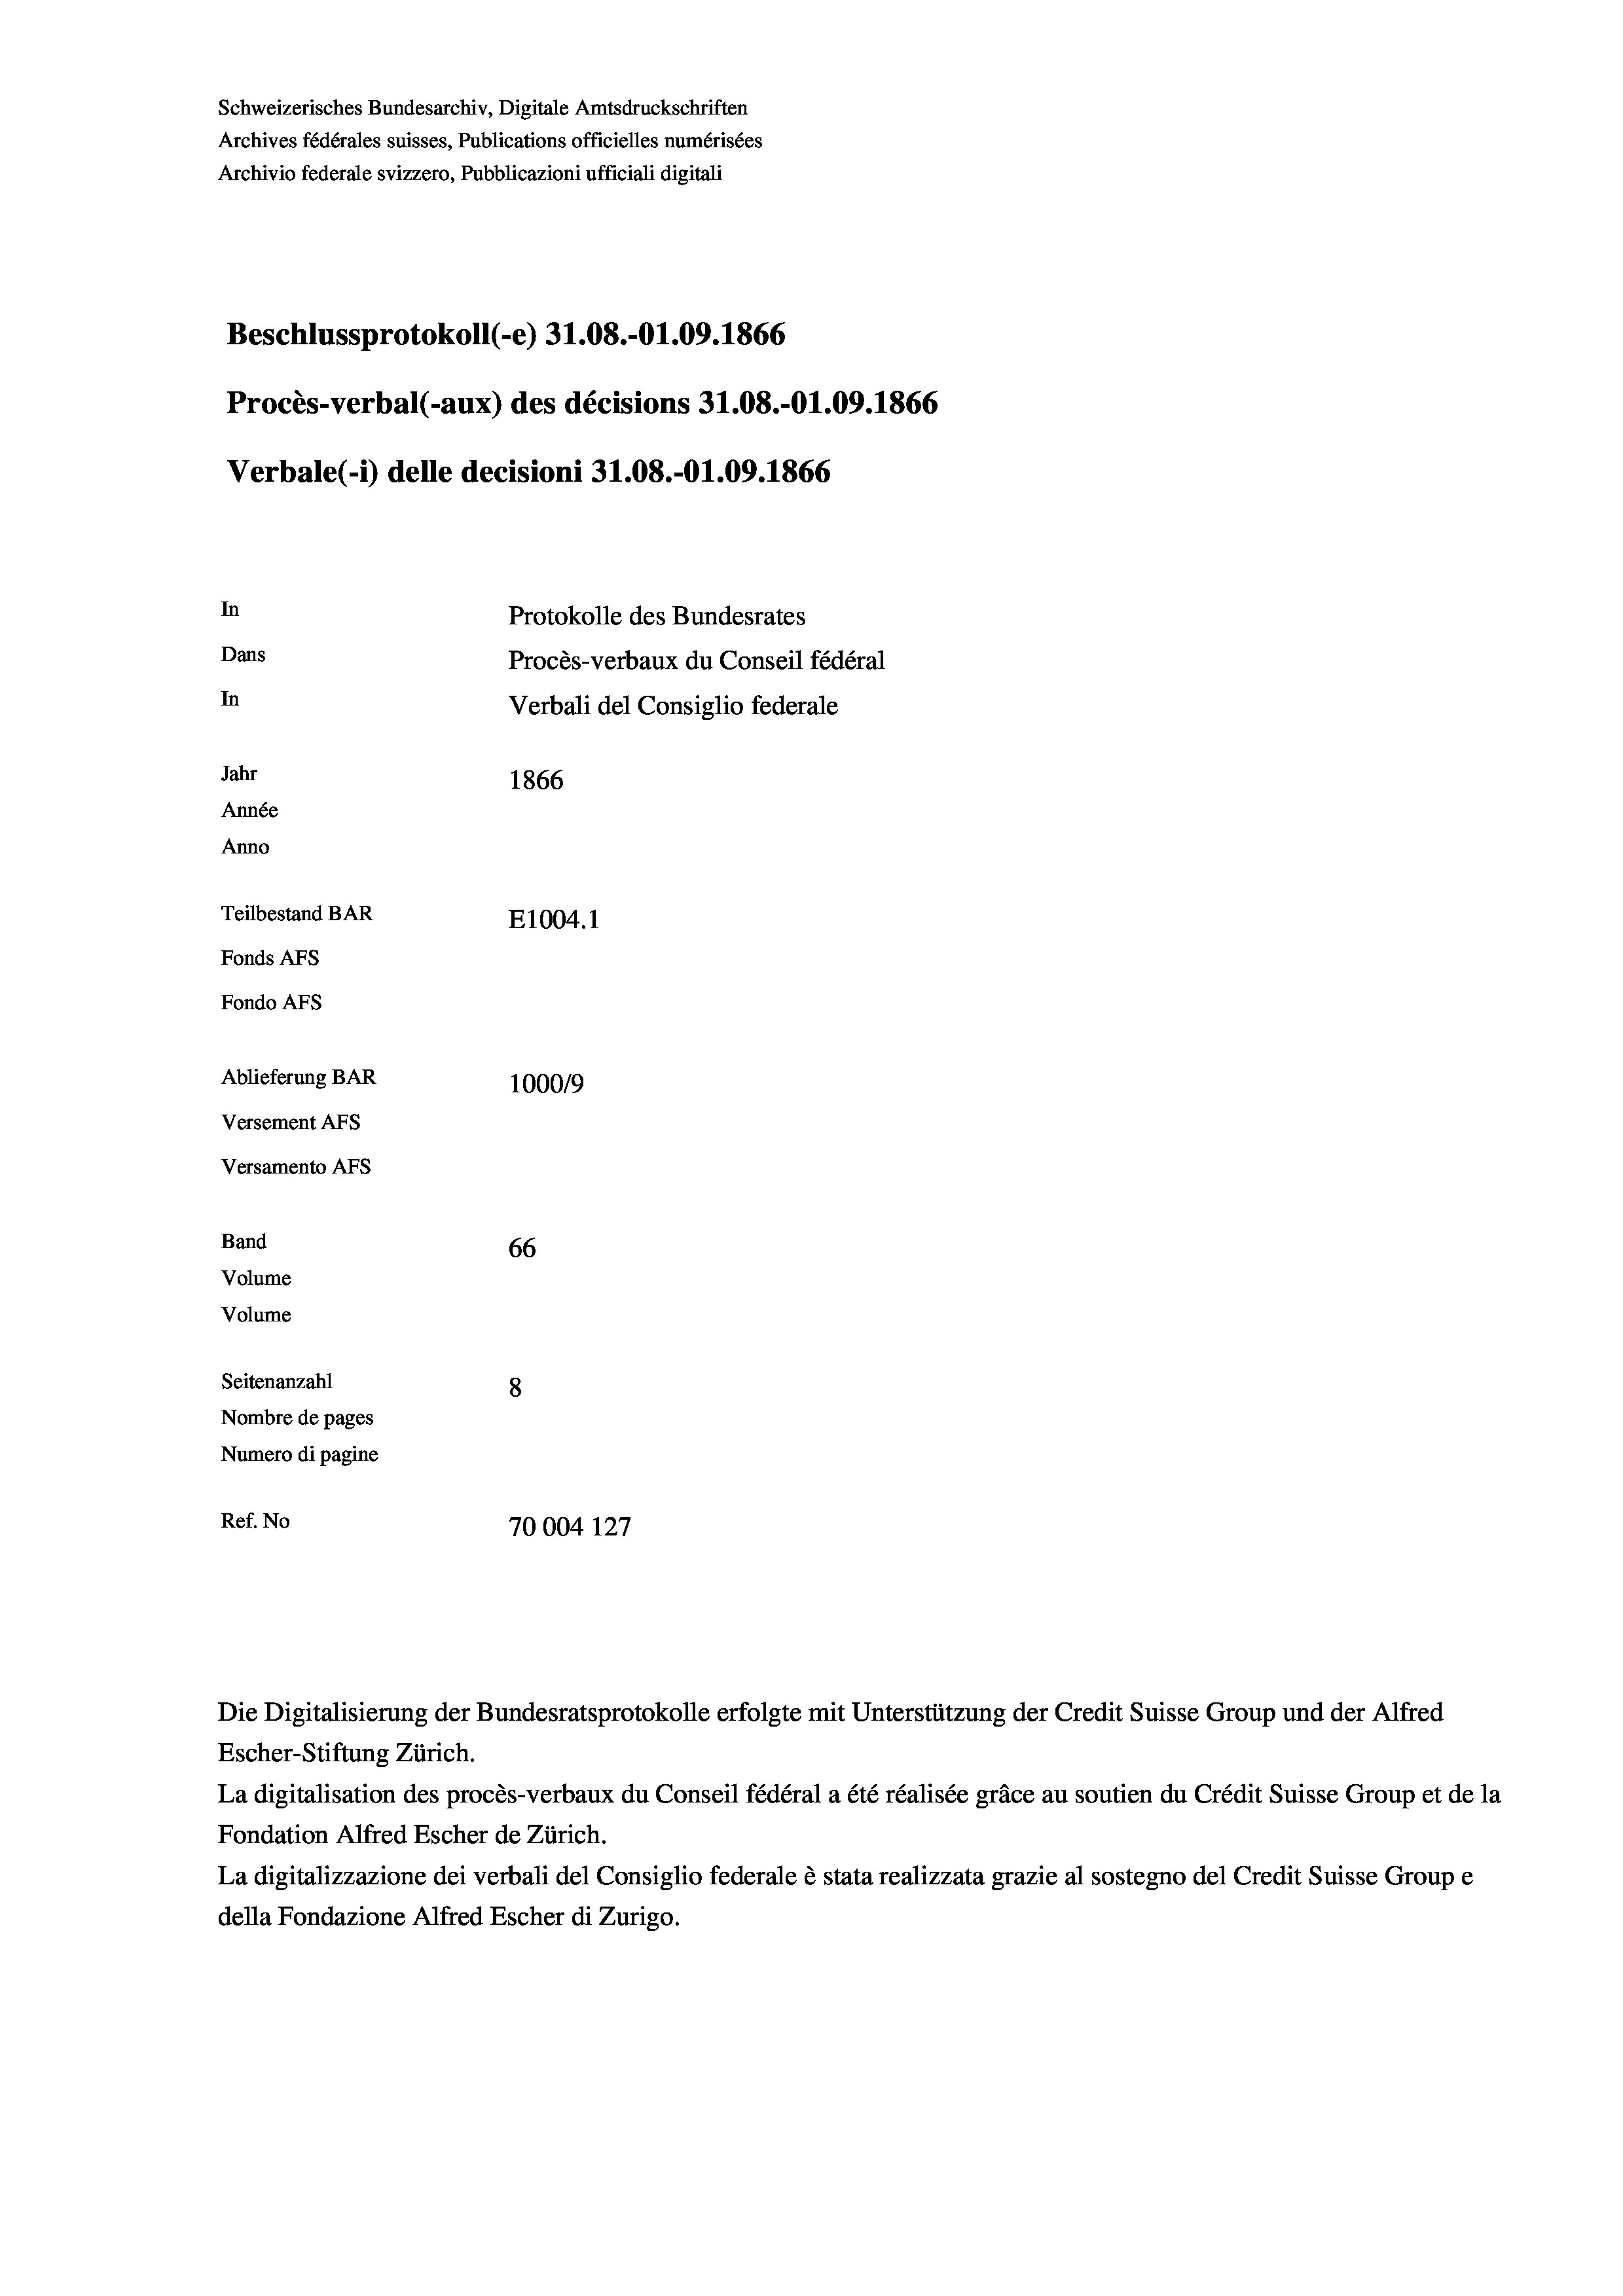
Schweizerisches Bundesarchiv, Digitale Amtsdruckschriften
Archives fédérales suisses, Publications officielles numérisées
Archivio federale svizzero, Pubblicazioni ufficiali digitali
Beschlussprotokoll (-e) 31.08.-01.09. 1866
Procès-verbal (-aux) des décisions 31.08.-01.09. 1866
Verbale (i) delle decisioni 31.08.-O1.09. 1866
In
Protokolle des Bundesrates
Dans
Procès-verbaux du Conseil fédéral
In
Verbali del Consiglio federale
Jahr
1866
Année
Anno
Teilbestand BAR
E1004.1
Fonds AFs
Fondo AFS
Ablieferung BAR
100019
Versement AFs
Versamento AFs
Band
66
Volume
Volume
Seitenanzahl
8
Nombre de pages
Numero di pagine
Ref. No
70004 127

Escher-Stiftung Zürich.
La digitalisation des procès-verbaux du Conseil fédéral a été réalisée gräce au soutien du Crédit Suisse Group et de la
Fondation Alfred Escher de Zürich.
La digitalizzazione dei verbali del Consiglio federale è stata realizzata grazie al sostegno del Credit Suisse Groupe
della Fondazione Alfred Escher di Zurigo.

Die Digitalisierung der Bundesratsprotokolle erfolgte mit Unterstützung der Credit Suisse Group und der Alfred